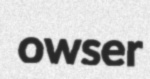
owser